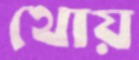
থোয়